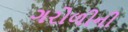
ગરોળીની